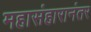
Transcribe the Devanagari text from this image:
महासंहारानंतर